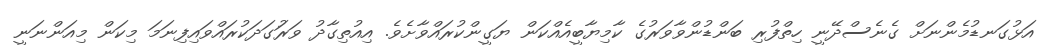
އަޅުގަނޑުމެންނަށް ގެނެސްދޭނީ ހިތްފުރި ބަންޑުންވާވަރުގެ ކާމިޔާބީއެއްކަން ޔަގީންކުރައްވާށެވެ. އިއުތިގާދު ވަރަުގަދަކުރައްވައިފިނަމަ މިކަން މިއަންނަނީ